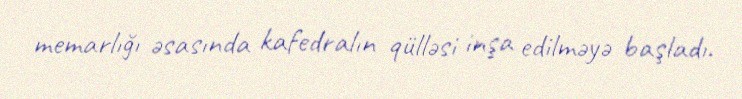
memarlığı əsasında kafedralın qülləsi inşa edilməyə başladı.